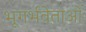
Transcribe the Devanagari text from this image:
भूगर्भवेताओं